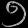
Digit: ၅